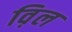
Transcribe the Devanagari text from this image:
व़िल